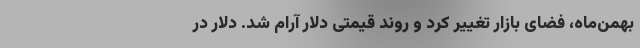
بهمن‌ماه‌، فضای بازار تغییر کرد و روند قیمتی دلار آرام شد. دلار در